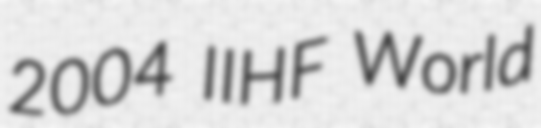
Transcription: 2004 IIHF World